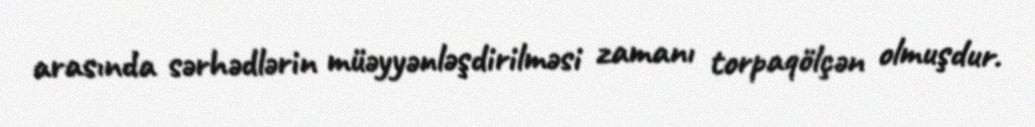
arasında sərhədlərin müəyyənləşdirilməsi zamanı torpaqölçən olmuşdur.